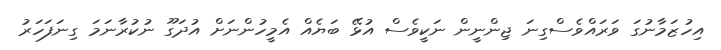
އިހުޒަމާނުގަ ވަރައްވެސްގިނަ ޖިންނީން ނަކީވެސް އުޅޭ ބަޔެއް އެމީހުންނަށް އުދަގޫ ނުކުރާނަމަ ގިނަފަހަރު